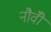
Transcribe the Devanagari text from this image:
नौवीँ